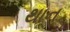
થાન